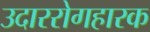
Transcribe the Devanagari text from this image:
उदाररोगहारक